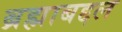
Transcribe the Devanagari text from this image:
ब्रह्माबद्दल